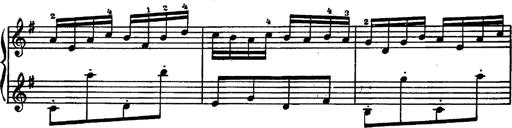
Title: Magyar rapszÃ³diÃ¡k
Composer: Franz Liszt